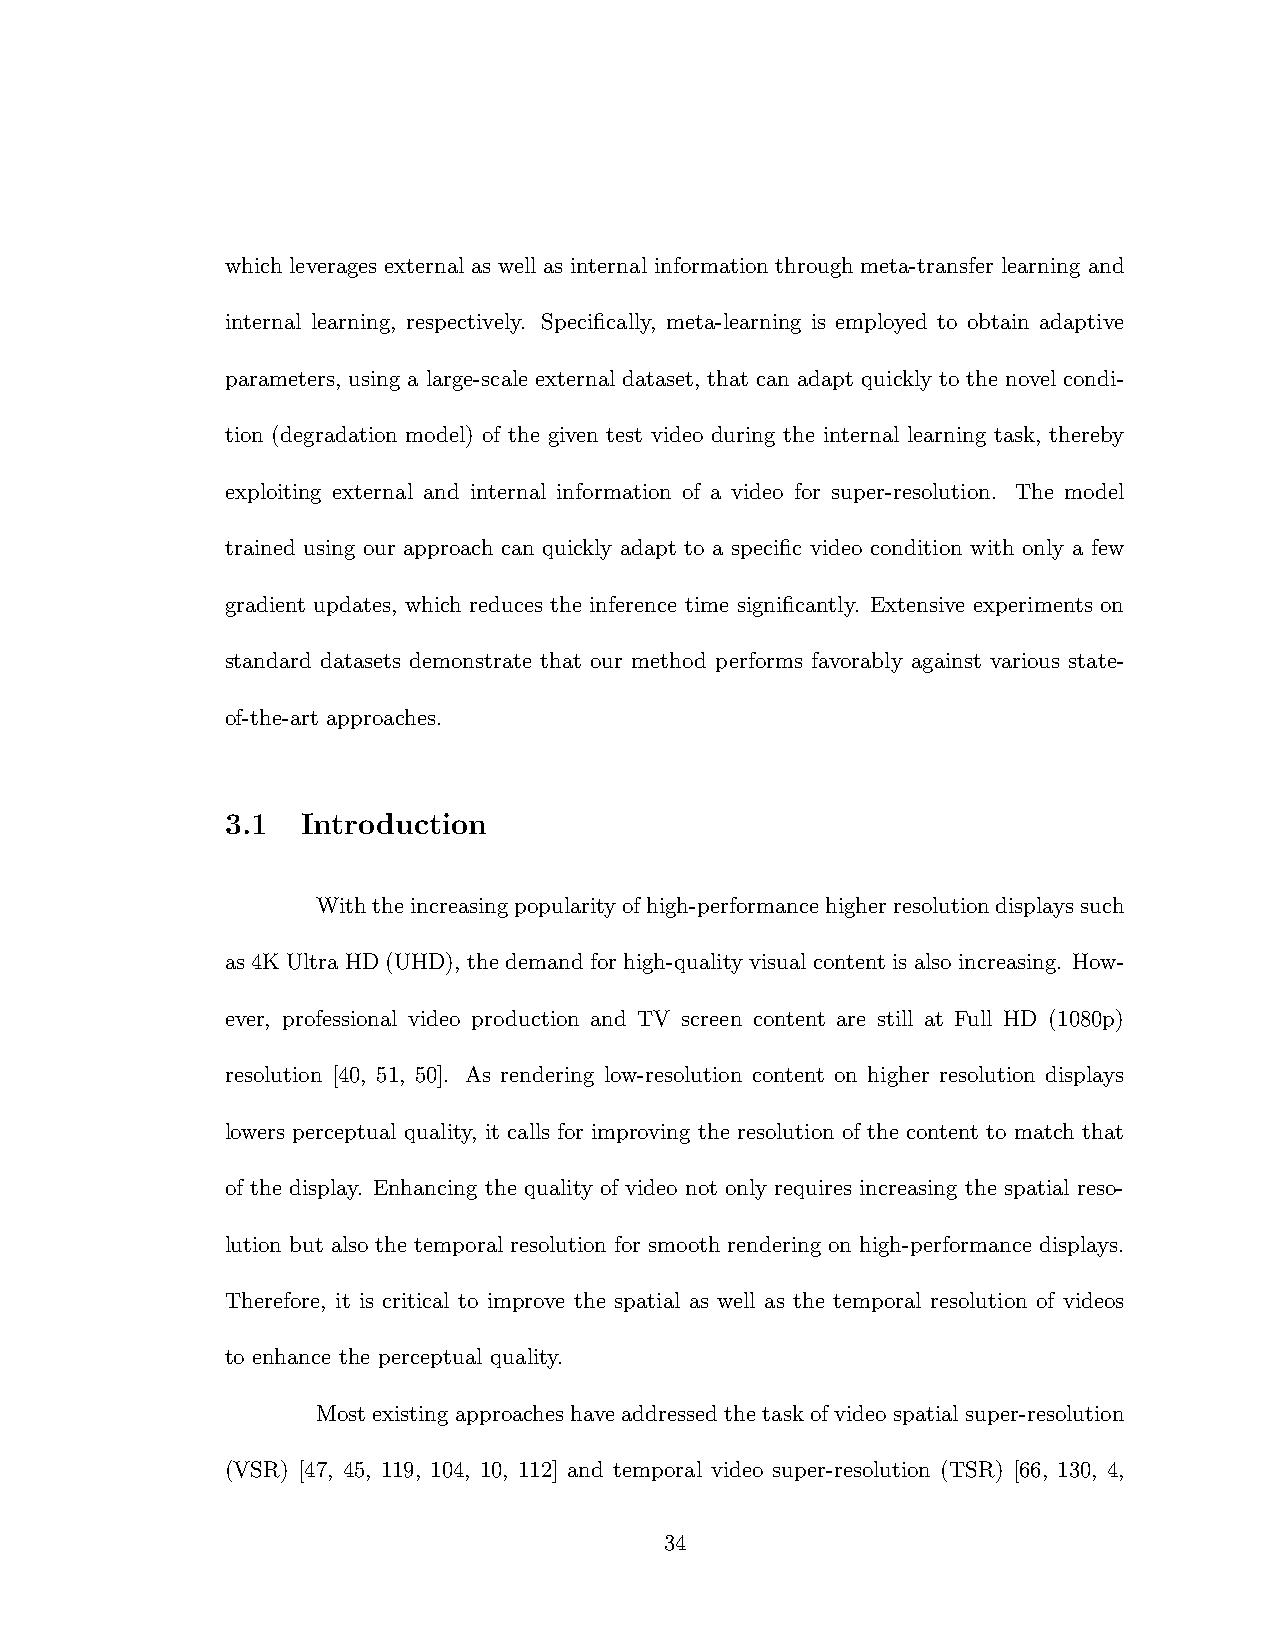
which leverages external as well as internal information through meta-transfer learning and
 internal learning, respectively. Specifically, meta-learning is employed to obtain adaptive
 parameters, using a large-scale external dataset, that can adapt quickly to the novel condi-
 tion (degradation model) of the given test video during the internal learning task, thereby
 exploiting external and internal information of a video for super-resolution. The model
 trained using our approach can quickly adapt to a specific video condition with only a few
 gradient updates, which reduces the inference time significantly. Extensive experiments on
 standard datasets demonstrate that our method performs favorably against various state-
 of-the-art approaches.
 3.1  Introduction
 Withtheincreasingpopularityofhigh-performancehigherresolutiondisplayssuch
 as 4K Ultra HD (UHD), the demand for high-quality visual content is also increasing. How-
 ever, professional video production and TV screen content are still at Full HD (1080p)
 resolution [40, 51, 50]. As rendering low-resolution content on higher resolution displays
 lowers perceptual quality, it calls for improving the resolution of the content to match that
 of the display. Enhancing the quality of video not only requires increasing the spatial reso-
 lution but also the temporal resolution for smooth rendering on high-performance displays.
 Therefore, it is critical to improve the spatial as well as the temporal resolution of videos
 to enhance the perceptual quality.
 Most existing approaches have addressed the task of video spatial super-resolution
 (VSR) [47, 45, 119, 104, 10, 112] and temporal video super-resolution (TSR) [66, 130, 4,
 34